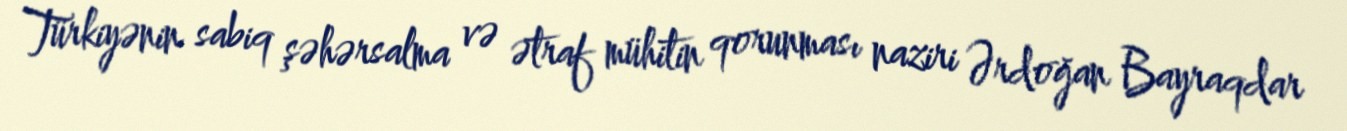
Türkiyənin sabiq şəhərsalma və ətraf mühitin qorunması naziri Ərdoğan Bayraqdar